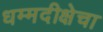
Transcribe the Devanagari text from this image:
धम्मदीक्षेचा